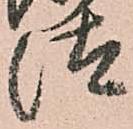
汰